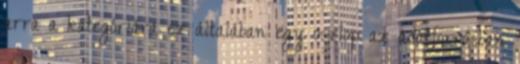
arra a kategóriára ez általában egy oszlop az adatforrásban